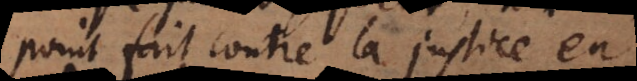
point fait contre la justice en